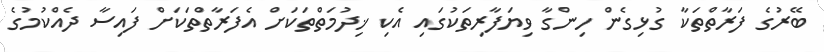
ބޭރުގެ ފަރާތްތަކާ ގުޅިގެން ހިންގާ ވިޔަފާރިތަކުގައި އެކި ޚިދުމަތްތަކަށް އެފަރާތްތަކަށް ފައިސާ ދެއްކުމުގެ